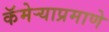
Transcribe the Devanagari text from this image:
कॅमेऱ्याप्रमाणे